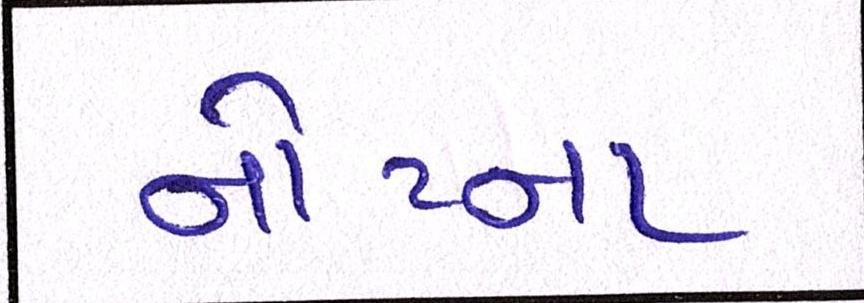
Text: નોટના